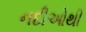
નદીઓથી